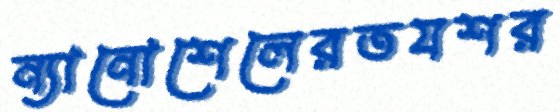
ন্যানোশেলেরতযশর